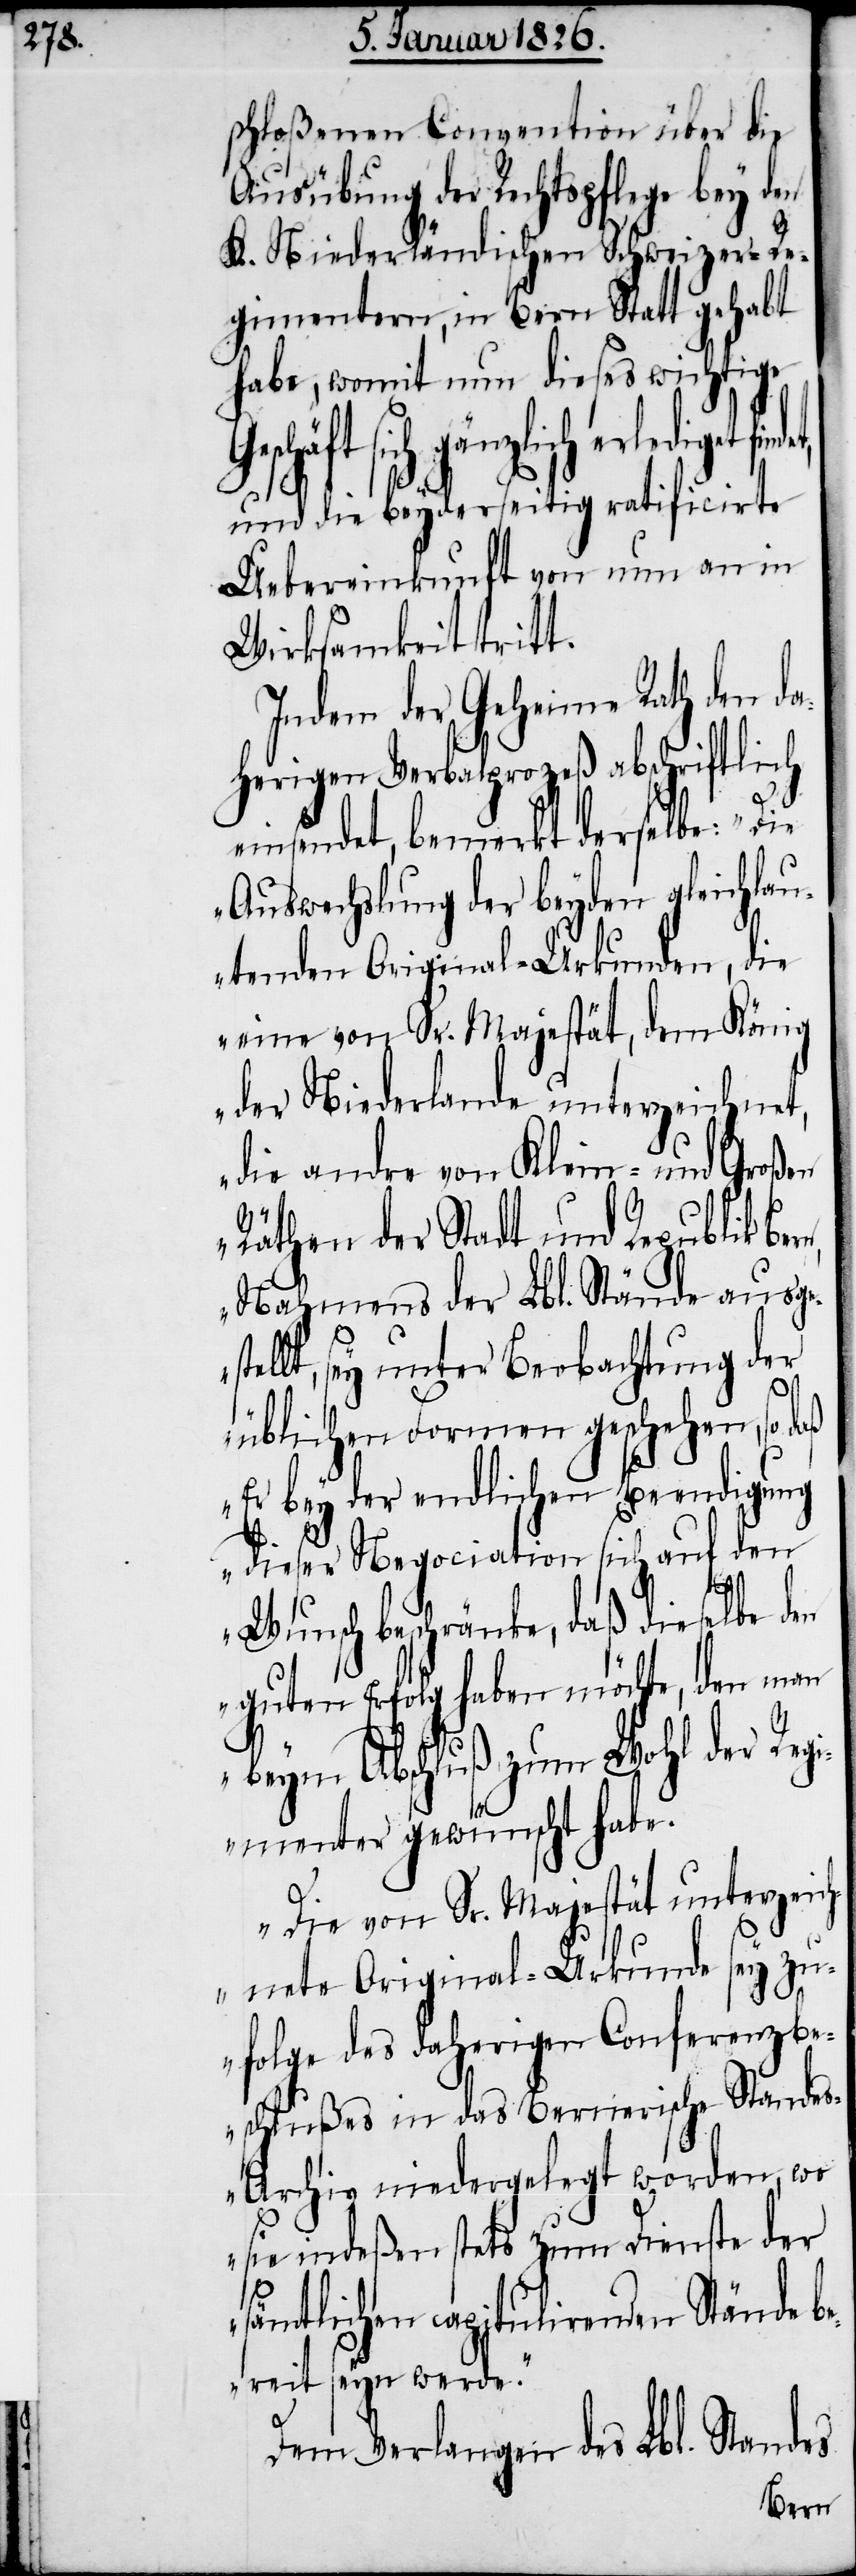
schloßenen Convention über die
Ausübung der Rechtspflege bey den
K. Niederländischen Schweizer-Re¬
gimentern, in Bern Statt gehabt
habe, womit nun dieses wichtige
de ausges¬
und die beyderseitig ratificirte
Uebereinkunft von nun an in
Wirksamkeit tritt.
Indem der Geheime Rath den da¬
herigen Verbalprozeß abschriftlich
einsendet, bemerkt derselbe: „Die
Auswechslung der beyden gleichlau¬
tenden Original-Urkunden, die
eine von Sr. Majestät, dem König
der Niederlande unterzeichnet,
die andre von Klein- und Großen
Räthen der Stadt und Republik
Nahmens der Lbl. Stän¬
tellt, sey unter Beobachtung der
üblichen Formen geschehen, so
Er bey der endlichen Beendigung
dieser Negociation sich auf den
Wunsch beschränke, das dieselbe den
guten Erfolg haben möchte, den man
beym Abschluß zum Wohl der Reg¬
imenter gewünscht habe.
Die von Sr. Majestät unterzei¬
chnete Original-Urkunde sey zu¬
folge des daherigen Conferenzbe¬
schlußes in das Bernerische Stande¬
s-Archiv niedergelegt worden, wo
sie indeßen stets zum Dienste der
sämtlichen capitulirenden Stände be¬
reit seyn werde.“
Dem Verlangen des Lbl. Standes
Bern,